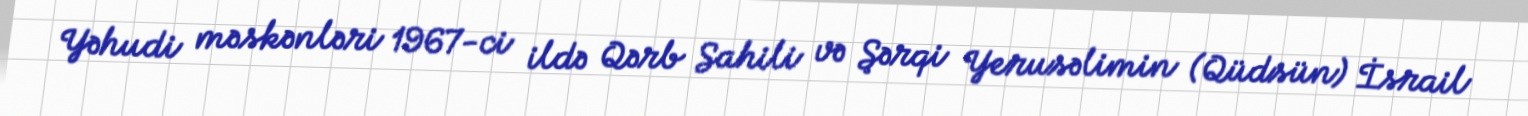
Yəhudi məskənləri 1967-ci ildə Qərb Sahili və Şərqi Yerusəlimin (Qüdsün) İsrail